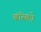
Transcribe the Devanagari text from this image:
ब्रॉस्को